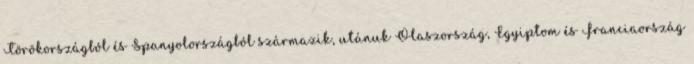
Törökországból és Spanyolországból származik, utánuk Olaszország, Egyiptom és Franciaország